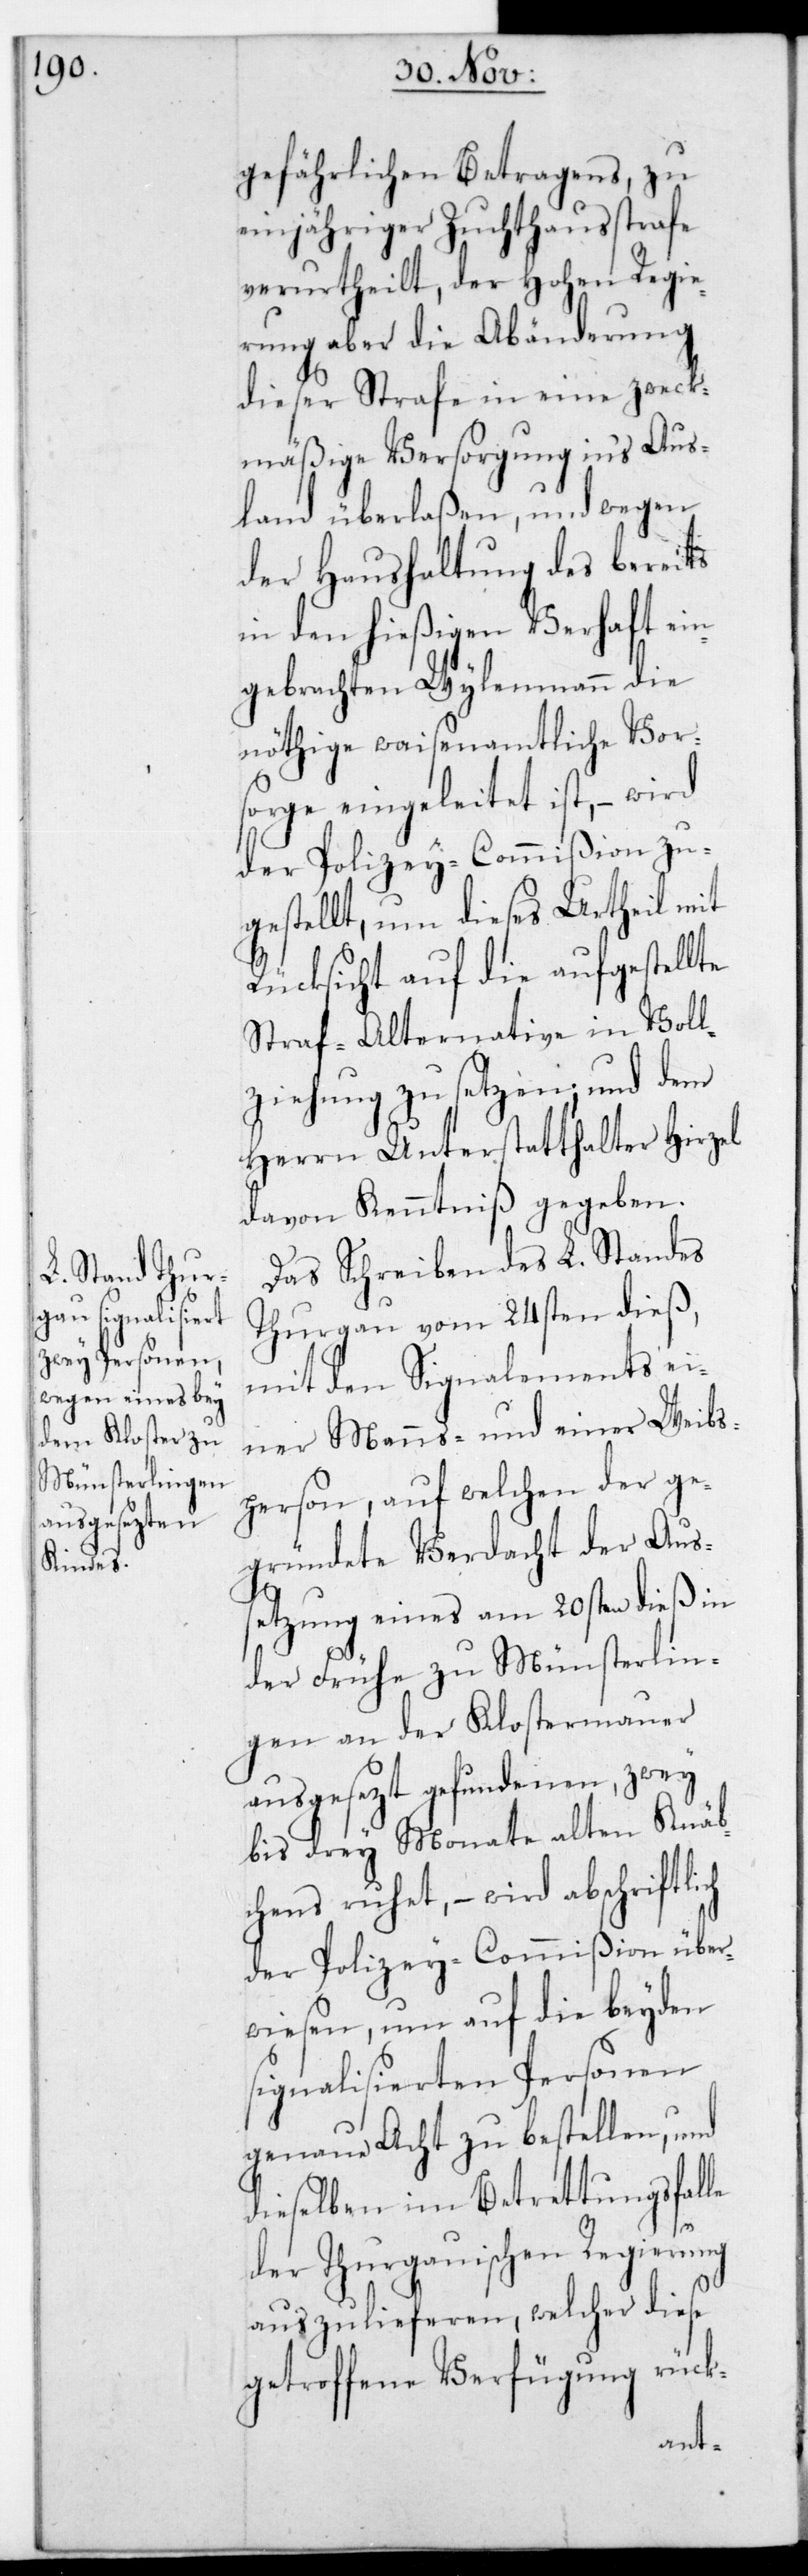
gefährlichen Betragens, zu
einjähriger Zuchthausstrafe
verurtheilt, der Hohen Regie¬
rung aber die Abänderung
dieser Strafe in eine zweck¬
mäßige Versorgung ins Aus¬
land überlaßen, und wegen
der Haushaltung des bereits
in den hießigen Verhaft ein¬
gebrachten Wylenmann die
nöthige waisenamtliche Vor¬
sorge eingeleitet ist, – wird
der Polizey-Commißion zu¬
gestellt, um dieses Urtheil mit
Rücksicht auf die aufgestellte
Straf-Alternative in Voll¬
ziehung zu setzen, und dem
Herrn Unterstatthalter Hirzel
davon Kenntniß gegeben.
Das Schreiben des L. Standes
Thurgau vom 24sten dieß,
mit den Signalements ei¬
ner Manns- und einer Weibs¬
person, auf welchen der ge¬
gründete Verdacht der Aus¬
setzung eines am 20sten dieß in
der Frühe zu Münsterlin¬
gen an der Klostermauer
ausgesetzt gefundenen, zwey
bis drey Monate alten Knäb¬
chens ruhet, – wird abschriftli¬
der Polizey-Commißion über¬
wiesen, um auf die beyden
signalisierten Personen
genaue Acht zu bestellen und
dieselben im Betretungsfalle
der Thurgauischen Regierung
auszulieferen, welcher diese
getroffene Verfügung rück-
ch